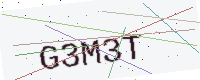
Text: G3M3T